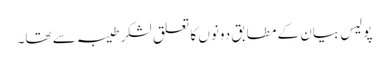
پولیس بیان کے مطابق دونوں کا تعلق لشکر طیبہ سے تھا۔